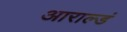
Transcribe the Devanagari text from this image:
आराल्डं